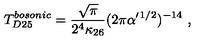
T _ { D 2 5 } ^ { b o s o n i c } = { \frac { \sqrt \pi } { 2 ^ { 4 } \kappa _ { 2 6 } } } ( 2 \pi \alpha ^ { \prime } { } ^ { 1 / 2 } ) ^ { - 1 4 } \ ,